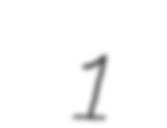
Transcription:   1